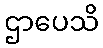
ဌာပေသိ